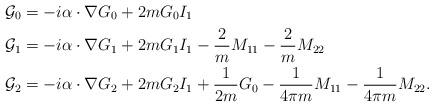
LaTeX: \begin{align*} \mathcal G_0&=-i\alpha \cdot \nabla G_0 +2mG_0 I_{1}\\ \mathcal G_1&=-i\alpha \cdot \nabla G_1+ 2mG_1 I_{1}-\frac2mM_{11}-\frac2mM_{22}\\ \mathcal G_2&=-i\alpha \cdot \nabla G_2+2m G_2 I_1+\frac1{2m}G_0 -\frac1{4\pi m}M_{11}-\frac1{4\pi m}M_{22}.\end{align*}